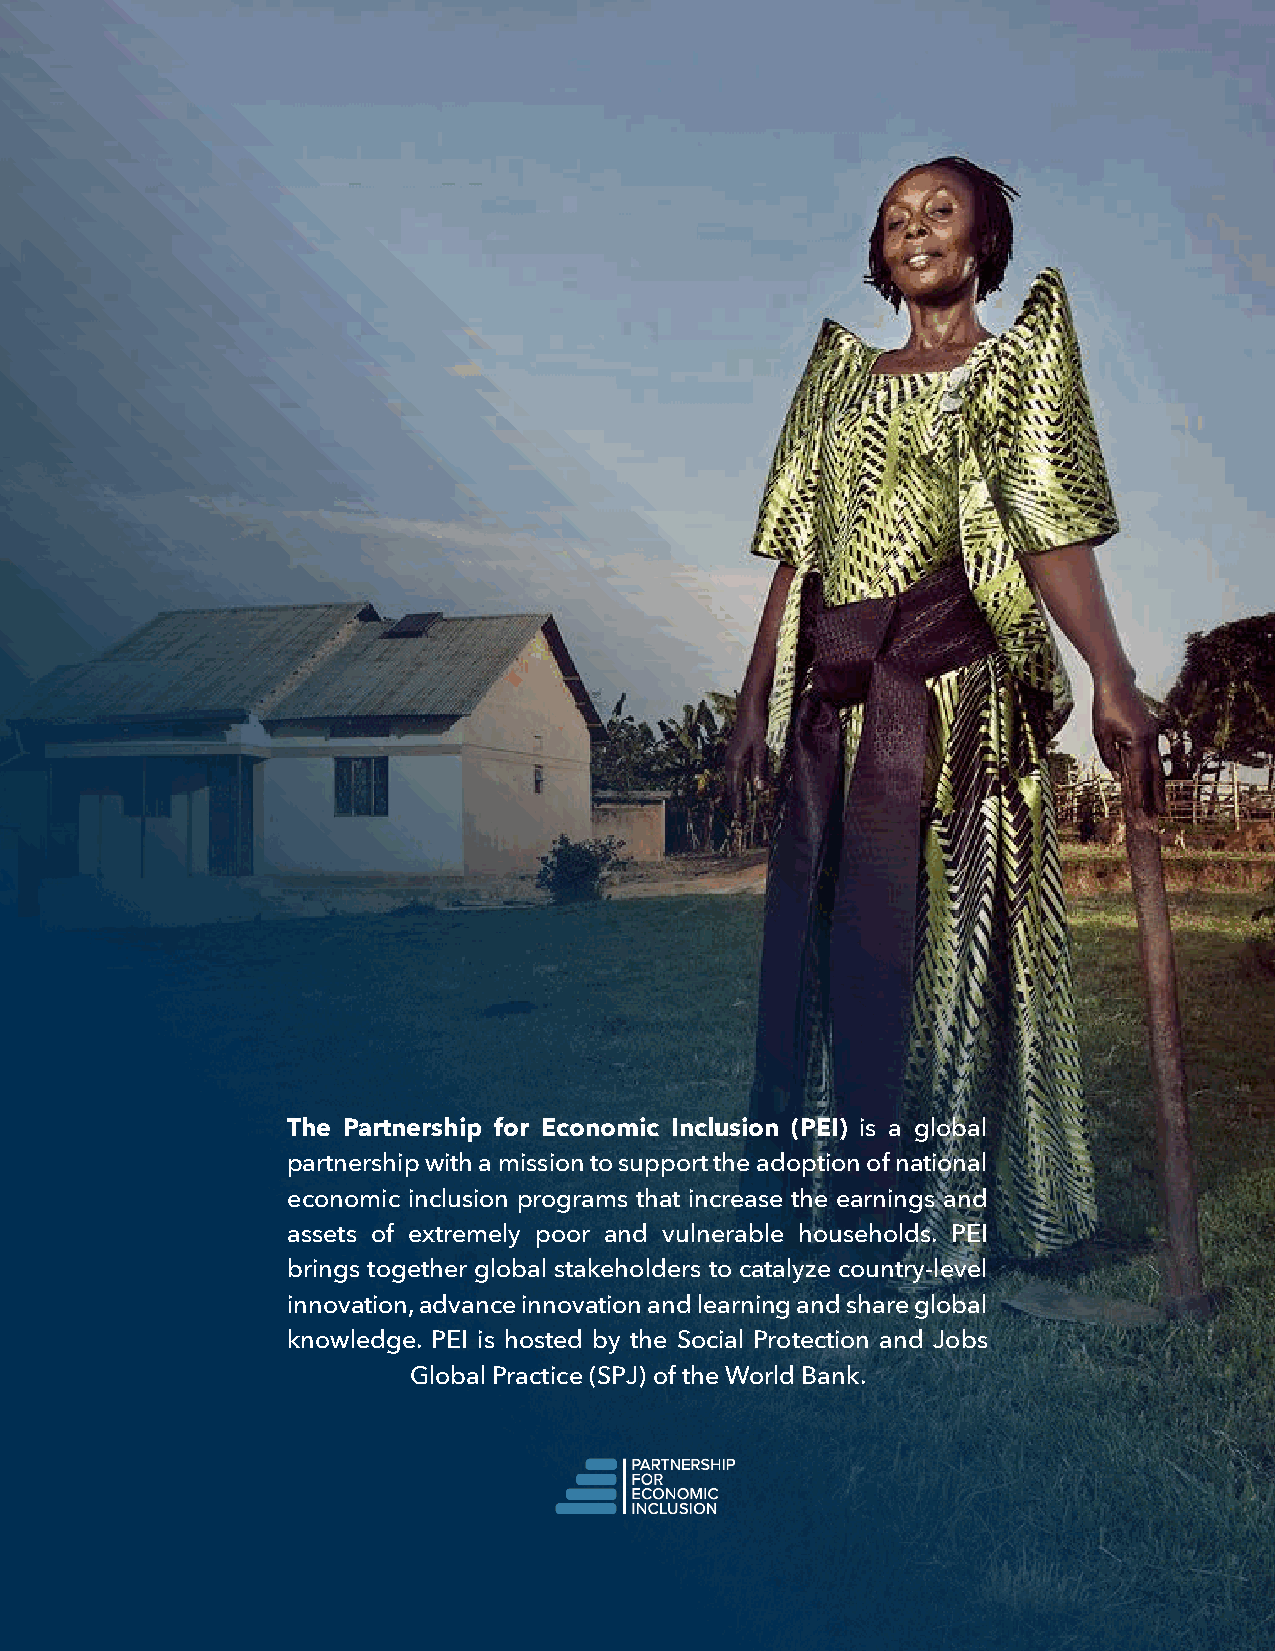
The Partnership for Economic Inclusion (PEI) is a global
 partnership with a mission to support the adoption of national
 economic inclusion programs that increase the earnings and
 assets of extremely poor and vulnerable households. PEI
 brings together global stakeholders to catalyze country-level
 innovation, advance innovation and learning and share global
 knowledge. PEI is hosted by the Social Protection and Jobs
 Global Practice (SPJ) of the World Bank.